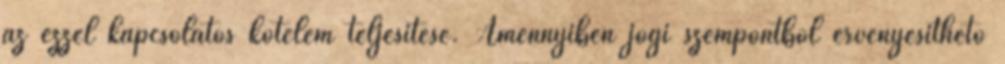
az ezzel kapcsolatos kötelem teljesítése. Amennyiben jogi szempontból érvényesíthető